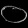
Digit: ၀